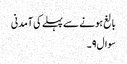
بالغ ہونے سے پہلے کی آمدنی
سوال۹۔